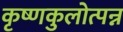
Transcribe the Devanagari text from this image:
कृष्णकुलोत्पन्न